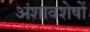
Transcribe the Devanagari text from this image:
अंशावशेषों